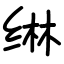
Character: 𬘭